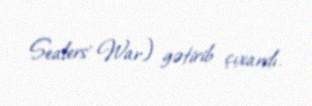
Sealers' War) gətirib çıxardı.